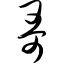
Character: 哥